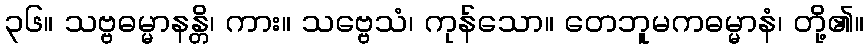
၃၆။ သဗ္ဗဓမ္မာနန္တိ၊ ကား။ သဗ္ဗေသံ၊ ကုန်သော။ တေဘူမကဓမ္မာနံ၊ တို့၏။